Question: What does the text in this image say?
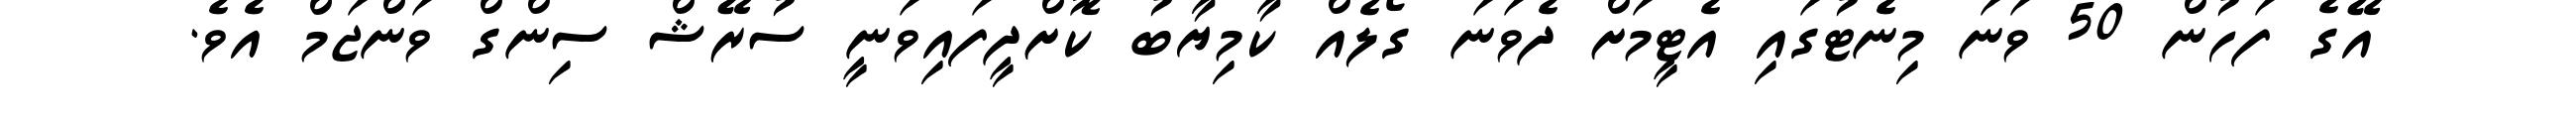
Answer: އޭގެ ފަހުން 50 ވަނަ މިނެޓުގައި އެޓީމަށް ދެވަނަ ގޯލެއް ކާމިޔާބު ކޮށްދީފައިވަނީ ސުރޭޝް ސިންގް ވަންޖަމް އެވެ.